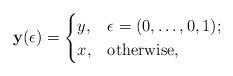
LaTeX: \begin{align*}\mathbf{y}(\epsilon)=\begin{cases}y, & \epsilon=(0,\ldots,0,1);\\x, & \hbox{otherwise,}\end{cases}\end{align*}